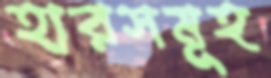
হারসমূহ